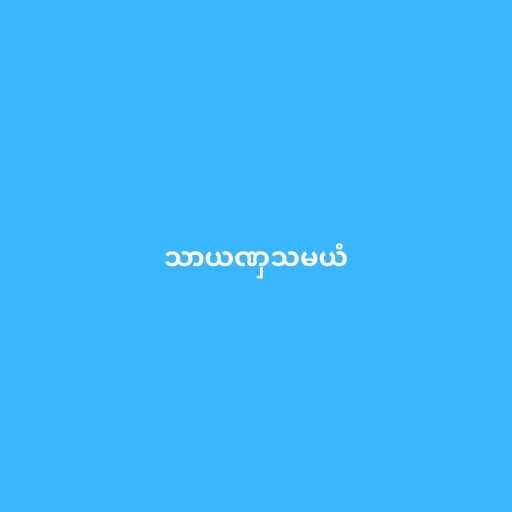
သာယဏှသမယံ